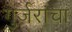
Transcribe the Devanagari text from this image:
गुर्जरांचा